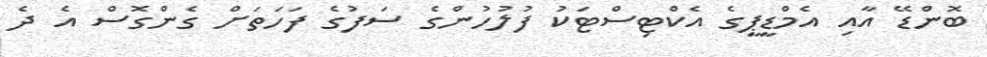
ބޮންޑޭ އާއި އެމްޑީޕީގެ އެކްޓިސްޓަކު ފުލުހުންގެ ސަފުގެ ފަހަތަށް ގެންގޮސް އެ ދެ